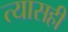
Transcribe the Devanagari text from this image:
त्यासही